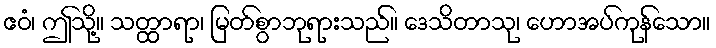
ဧဝံ၊ ဤသို့။ သတ္ထာရာ၊ မြတ်စွာဘုရားသည်။ ဒေသိတာသု၊ ဟောအပ်ကုန်သော။